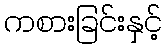
ကစားခြင်းနှင့်